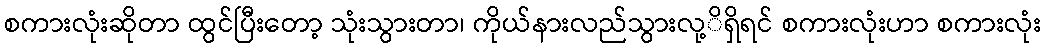
စကားလုံးဆိုတာ ထွင်ပြီးတော့ သုံးသွားတာ၊ ကိုယ်နားလည်သွားလု့ိရှိရင် စကားလုံးဟာ စကားလုံး